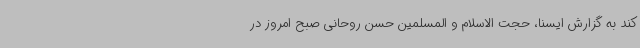
کند به گزارش ایسنا، حجت الاسلام و المسلمین حسن روحانی صبح امروز در